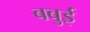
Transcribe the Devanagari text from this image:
बबुई